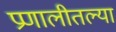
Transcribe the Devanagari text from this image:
प्रणालीतल्या